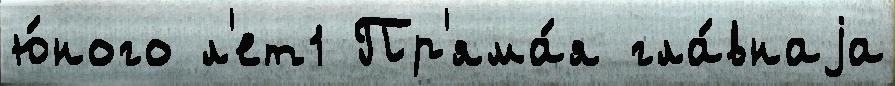
ю́ного л'ет1 Пр'яма́я гла́внаjа